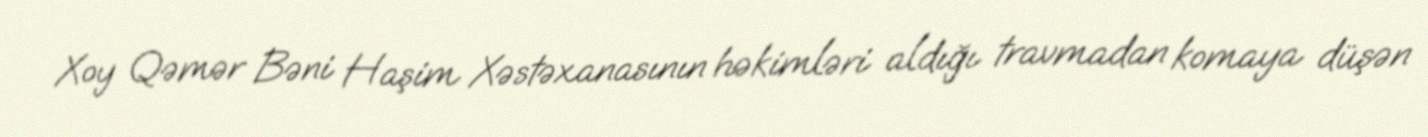
Xoy Qəmər Bəni Haşim Xəstəxanasının həkimləri aldığı travmadan komaya düşən